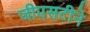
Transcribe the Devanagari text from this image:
जीएसटीने